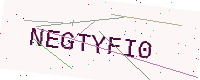
Text: NEGTYFI0